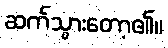
ဆက်သွားတော့၏။